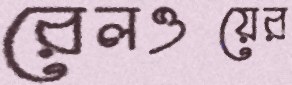
রেলওয়ের